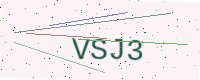
Text: VSJ3